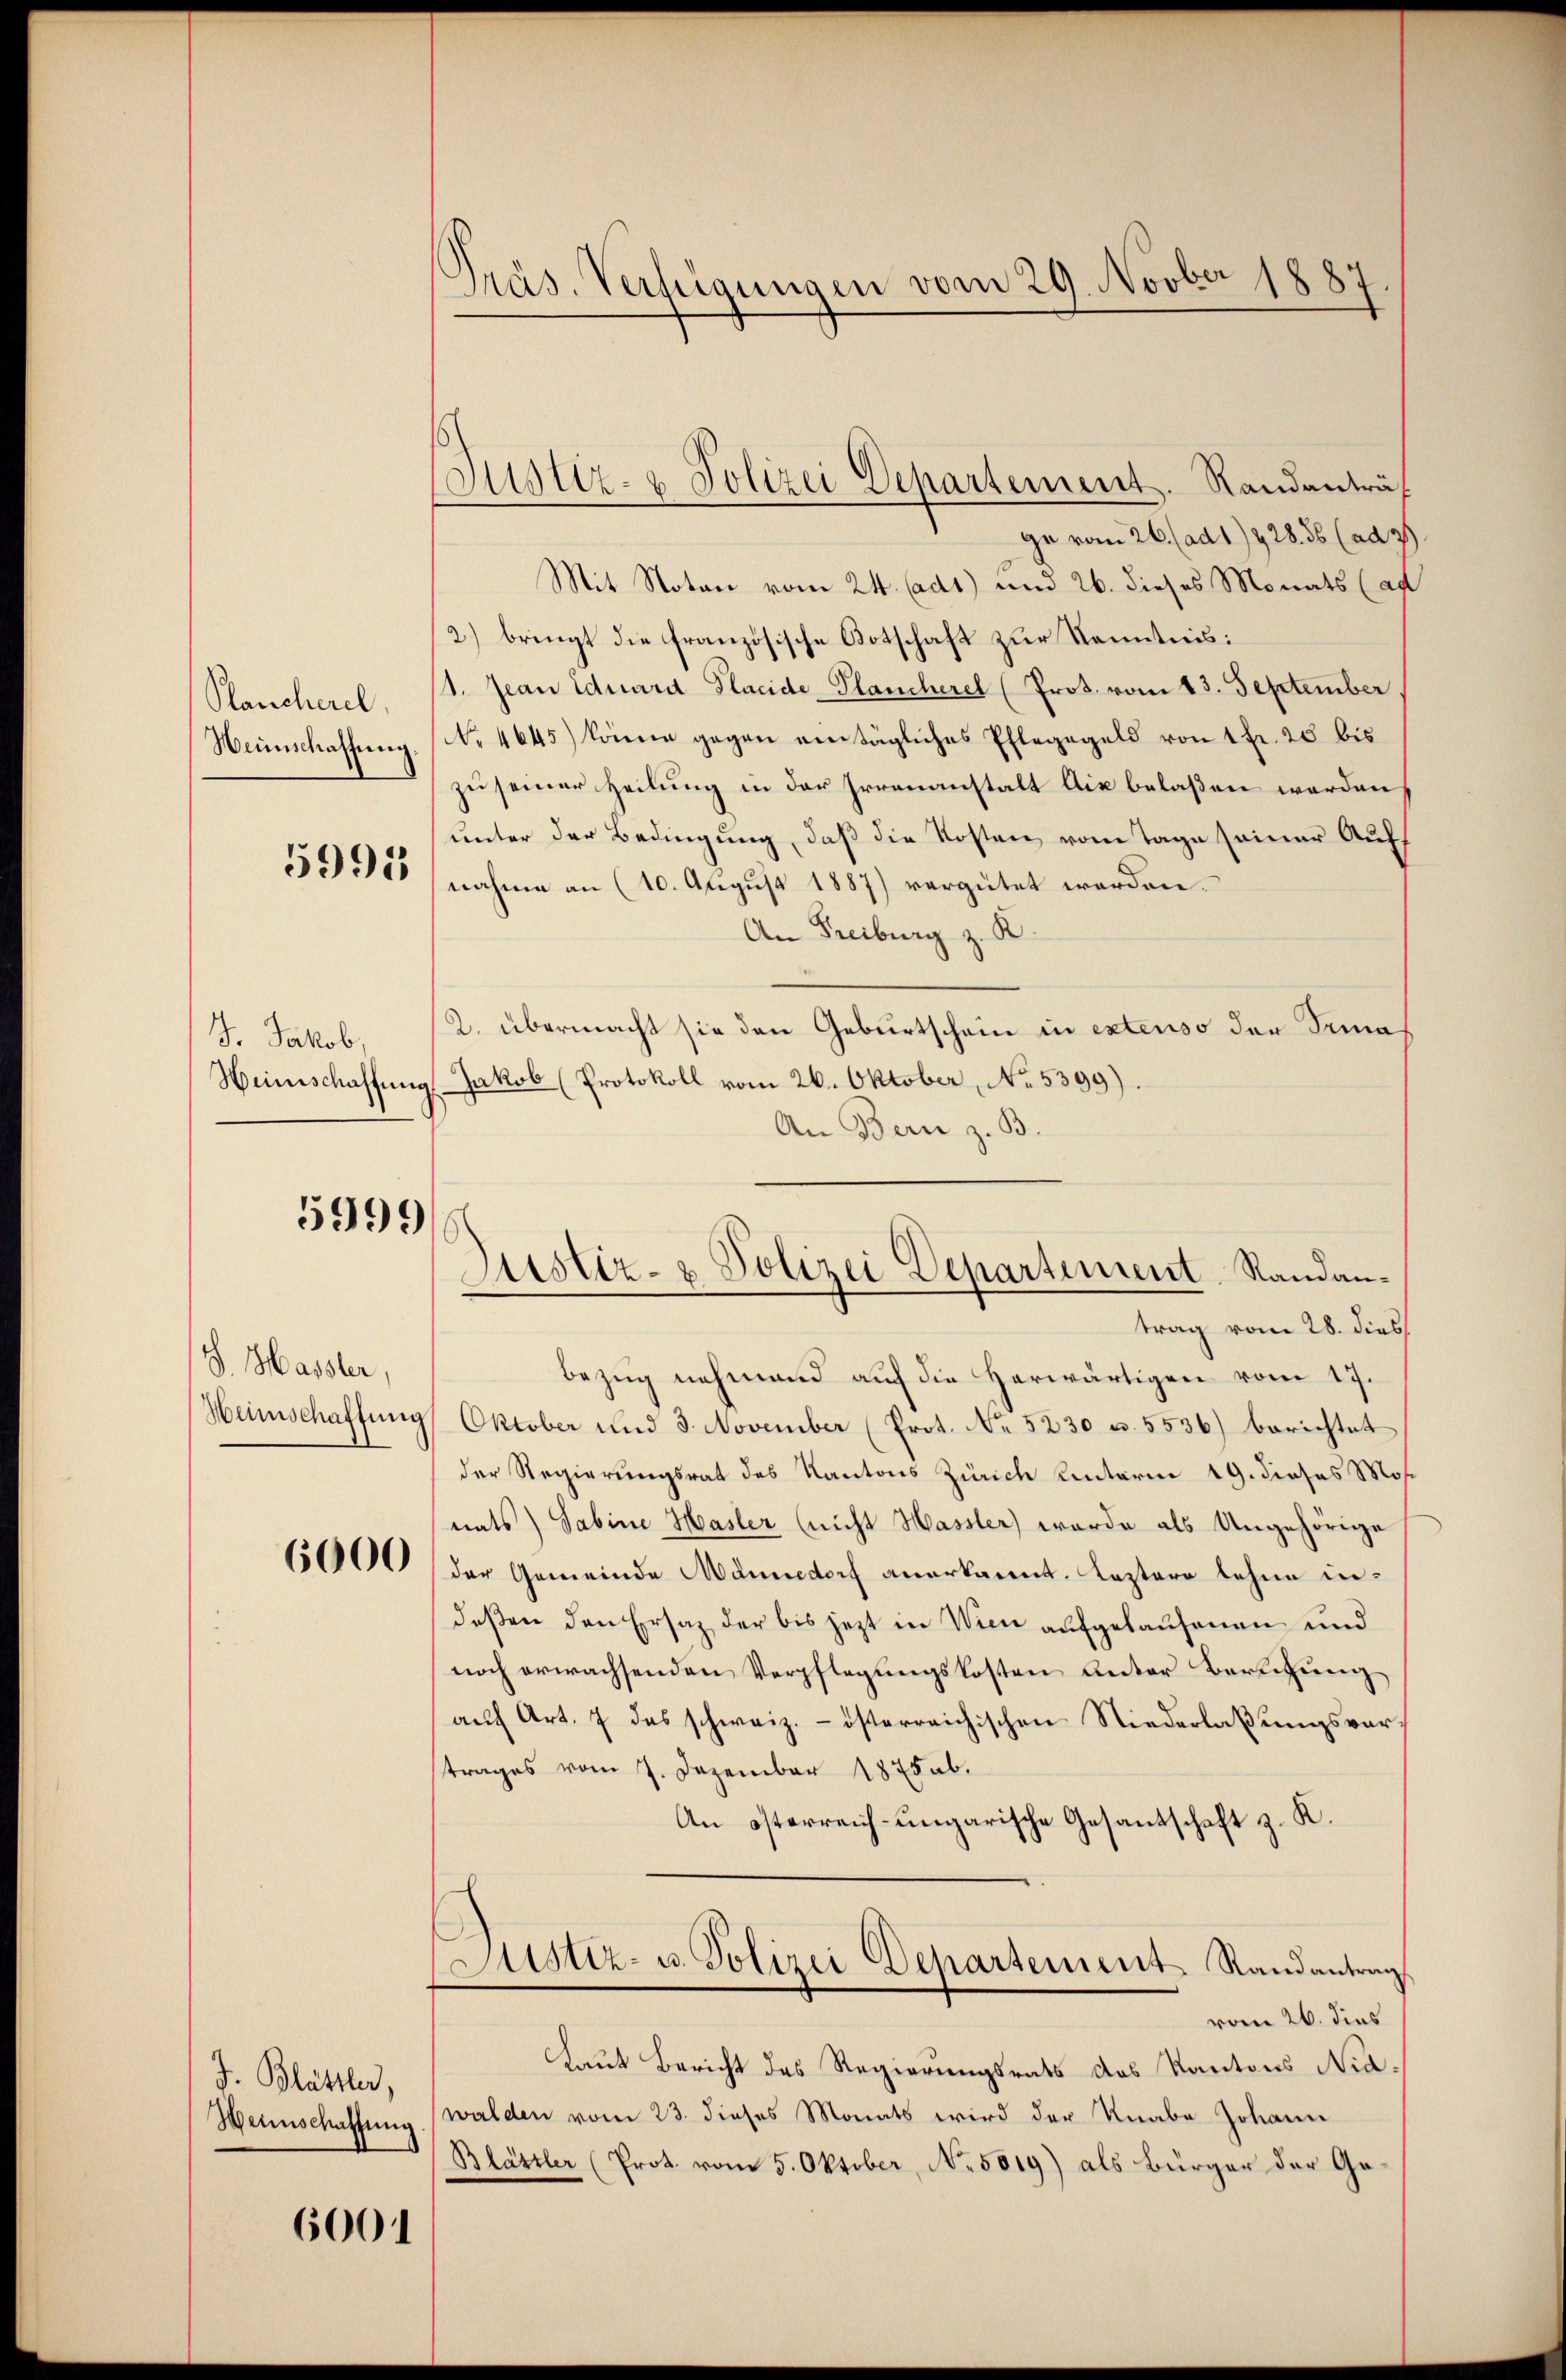
Mancherel,
Weinschaffung.

5995

J. Jakob,
Heinschaffung

5999

V. Hassler,
Heimschaftung

6000

J. Blättler,

6001

Präs. Verfügungen vom 29. Novber 1887.

Justiz- & Polizei Departement. Randanträf

Justiz- & Polizei Departement, Randan¬

ge vom 26. (ad 1928. 56 (ad 3
Mit Noten vom 24. Cadt) und 26. dieses Monats (ag
2) bringt die französische Botschaft zur Kenntnis:
1. Jean Eduard Placide Plancherel (Prot. vom 13. September,
No 4645) könne gegen eintägliches Pflegegeld von 1 Fr. 25 bis
zu seiner Heilung in der Irrenanstalt Aix belaßen werden
unter der Bedingung, daß die Kosten vom Tage seiner Auff
nahme an (10. August 1887) vergütet werden.
An Freiburg z. B.
2. übermacht sie den Geburtschein in extenso der Trina
Jakob (Protokoll vom 26. Oktober, No. 5399).
An Bern z. B.
trag vom 28. dies
Bezug nehmend auf die herwärtigen vom 17.
Oktober und 3. November (Prot. No 5230 u. 5536) berichtet
der Regierungsrat des Kantons Zürich Unterm 19. dieses Mos
nats) Sabine Hasler (nicht Hassler) wurde als Ungehörige
der Gemeinde Männedorf anerkannt. Kastaro lehne indeßen den Ersatz der bis jetzt in Wien aufgelaufenen und
noch erwachsenden Verpflegungskosten unter Berufung
auf Art. 7 das schweiz.- österreichischen Niederlaßungsvortrages vom 7. Dezember 1875.
An österreich-ungarische Gesandschaft z. K.
Sistiz- u. Polizei Departement Randantrag
vom 26. dies
Laut Bericht des Regierungsrats des Kantons Nia¬
Henschaffung walden vom 23. dieses Monats wird der Knabe Johann
Blättler (Prot. vom 5. Oktober, No. 5019) als Bürger der Ge¬